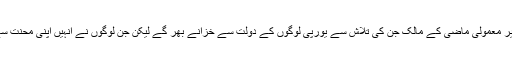
کالی مرچ اور دار چینی دو معمولی سے مصالحےاور ایک غیر معمولی ماضی کے مالک جن کی تلاش سے یورپی لوگوں کے دولت سے خزانے بھر گے لیکن جن لوگوں نے انہیں اپنی محنت سے بنایا انکو اور انکی قوم کو اسکے بدلے میں کیا حاصل ہوا؟